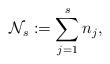
LaTeX: \begin{align*}\mathcal{N}_s:= \sum_{j=1}^s n_j,\end{align*}